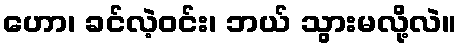
ဟော၊ ခင်လဲ့ဝင်း၊ ဘယ် သွားမလို့လဲ။